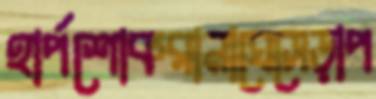
হার্পশোকরানাঘেসেড়াপ